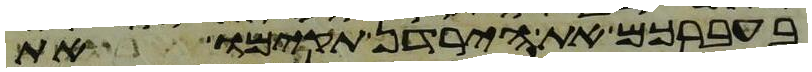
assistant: בעברכם את הירדן תקימו את